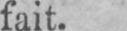
fait.